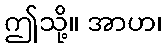
ဤသို့။ အာဟ၊